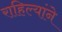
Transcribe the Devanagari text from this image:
राहिल्यांने